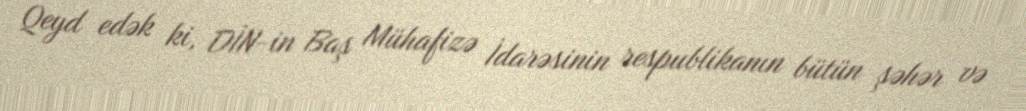
Qeyd edək ki, DİN-in Baş Mühafizə İdarəsinin respublikanın bütün şəhər və